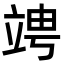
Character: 𥪁